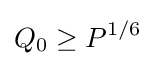
Q_{0}\geq P^{1/6}